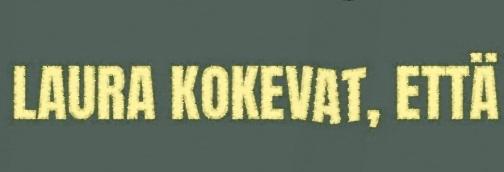
LAURA KOKEVAT, ETTÄ